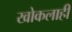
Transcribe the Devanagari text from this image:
खोकलाही